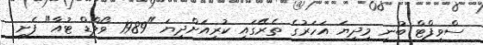
ސްވިފްޓް ބުނީ މިދިޔަ އަހަރުގެ ތެރޭގައި ކުރިއަށްދިޔަ "1989 ވޯލްޑް ޓުއާ" ފެށީ